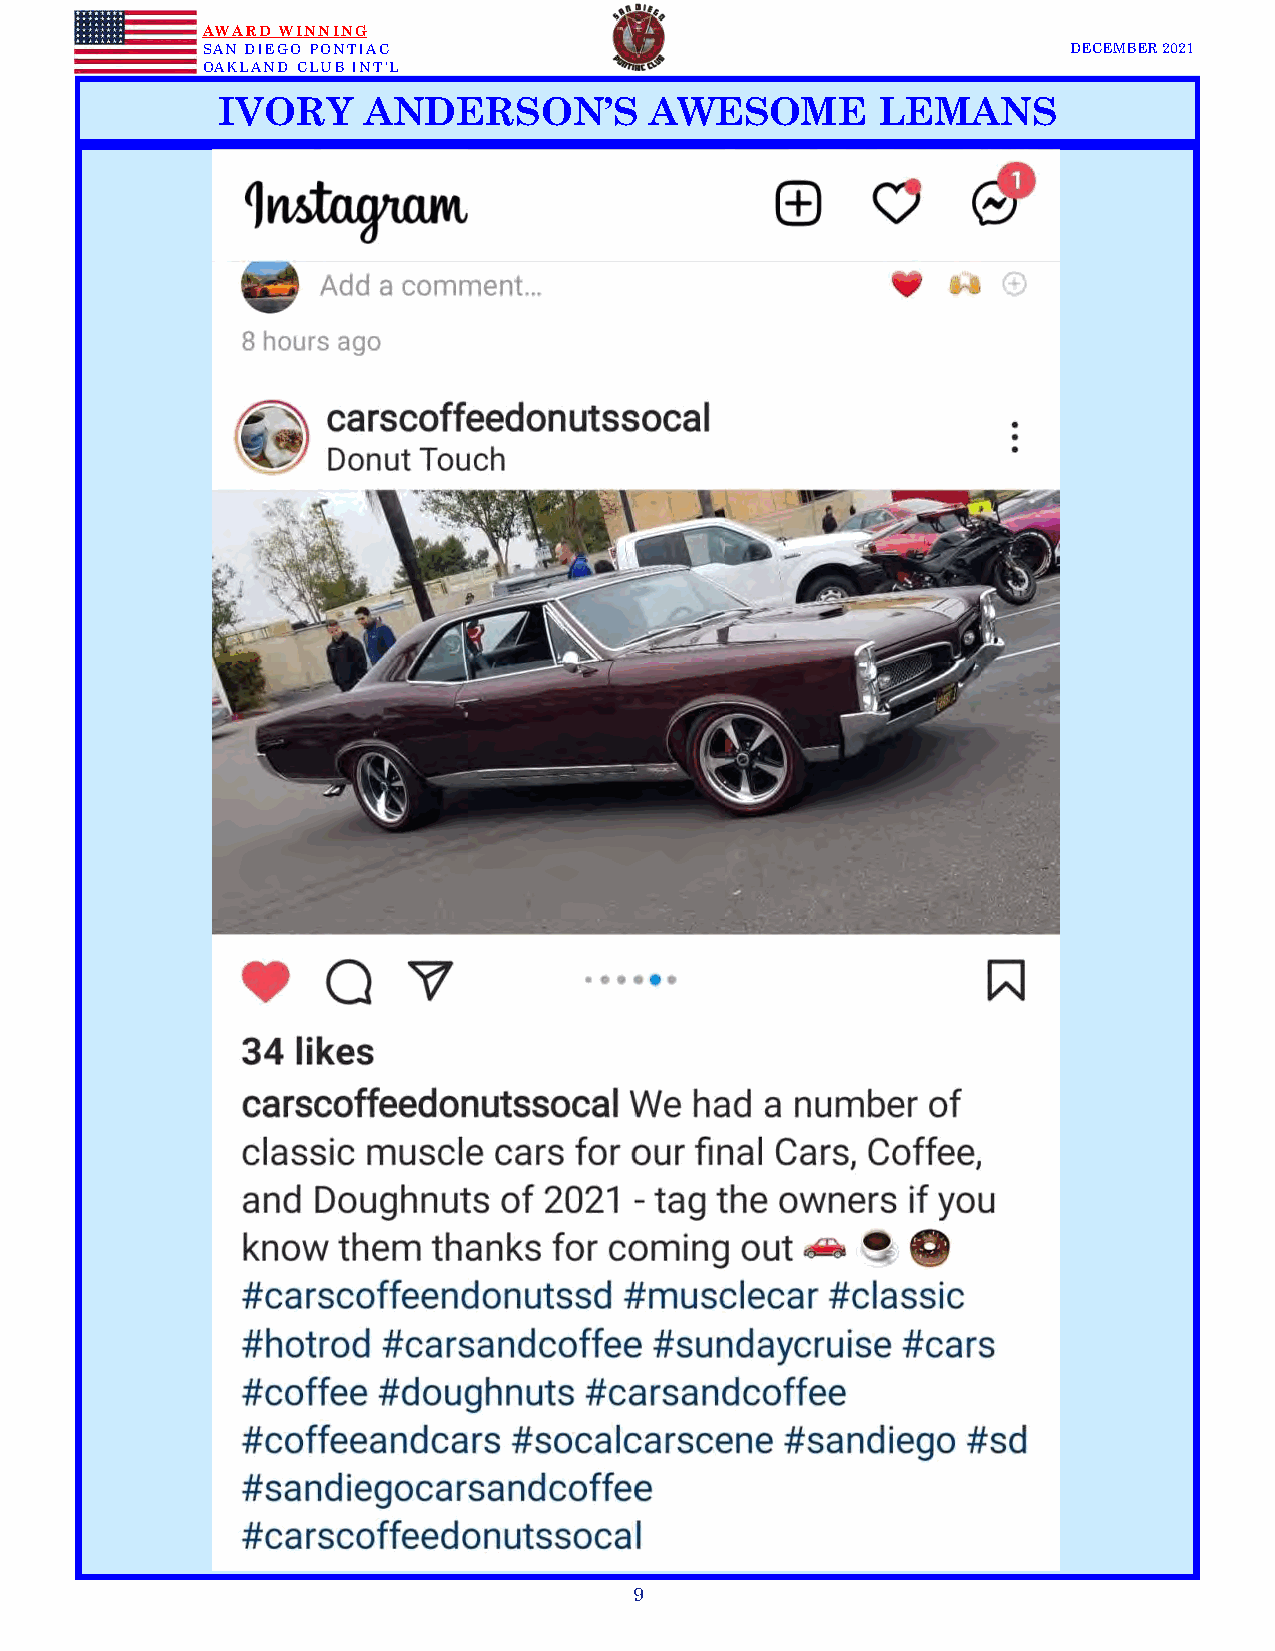
AWARD WINNING
 SAN DIEGO PONTIAC                                         DECEMBER 2021
 OAKLAND CLUB INT’L
 IVORY     ANDERSON’S         AWESOME        LEMANS
 9